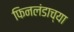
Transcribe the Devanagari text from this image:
फिनलंडाच्या